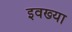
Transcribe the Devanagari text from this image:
इवख्या